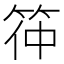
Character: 筗